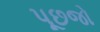
પૂછજો